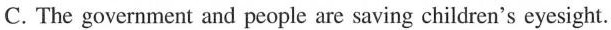
C. The government and peopleare saving children's eyesight.